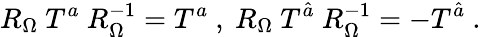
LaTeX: R_{\Omega}~T^{a}~R_{\Omega}^{-1}=T^{a}~,~R_{\Omega}~T^{\hat{a}}~R_{\Omega}^{-1}=-T^{\hat{a}}~.~\,